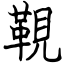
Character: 䩤